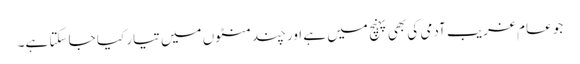
جو عام غریب آدمی کی بھی پہنچ میں ہے اور چند منٹوں میں تیار کیا جا سکتا ہے۔